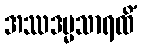
အဿဒမ္မသာရထိံ